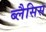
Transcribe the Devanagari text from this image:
ब्लैसिस